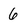
Character: 6